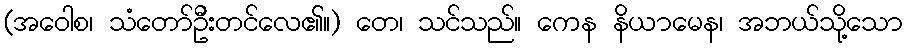
(အဝေါစ၊ သံတော်ဦးတင်လေ၏။) တေ၊ သင်သည်။ ကေန နိယာမေန၊ အဘယ်သို့သော